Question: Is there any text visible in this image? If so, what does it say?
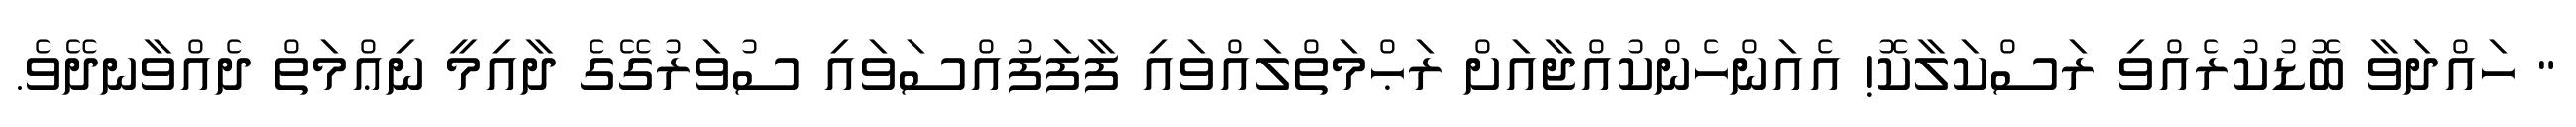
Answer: " ހައްދަވާ ބޮޑުކުރެއްވި ރަސްކަލާކޮ! އެއަންހެންކުއްޖާއަށް ރަޙްމަތްލައްވައި ފާފަފުއްސަވައި ސުވަރުގޭގެ ދާއިމީ ނިޢްމަތް ދެއްވާނދޭވެ.